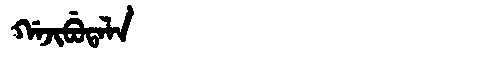
Manchu: ᡤᠠᠵᡳᠪᡠᡨᠠᠯᠠ
Romanization: GAJIBUTALA